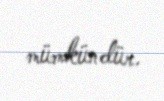
mümkündür.